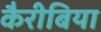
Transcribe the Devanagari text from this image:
कैरीबिया